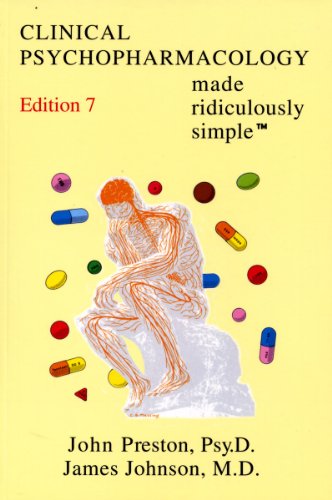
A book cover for Clinical Psychopharmacology Made Ridiculously Simple (7th Edition) (Medmaster Ridiculously Simple); John D. Preston; Medical Books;